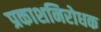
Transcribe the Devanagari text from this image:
प्रकाशनिरोधक